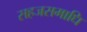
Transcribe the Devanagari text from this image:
सहजसमाधि